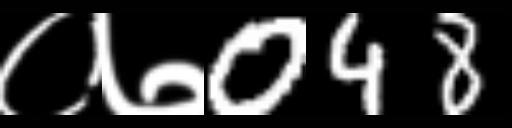
Text: ०७048